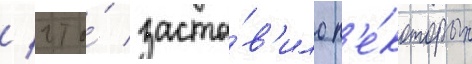
/ что́ заста́в'ило н'е́которых